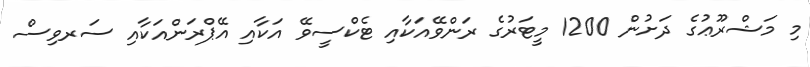
މި މަޝްރޫޢުގެ ދަށުން 1200 މީޓަރުގެ ރަންވޭއަކާއި ޓެކްސީވޭ އަކާއި އޭޕްރަންއަކާއި ސަރވިސް